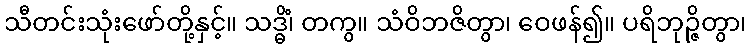
သီတင်းသုံးဖော်တို့နှင့်။ သဒ္ဓိံ၊ တကွ။ သံဝိဘဇိတွာ၊ ဝေဖန်၍။ ပရိဘုဉ္ဇိတွာ၊